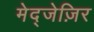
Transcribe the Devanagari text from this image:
मेद्जेज़िर